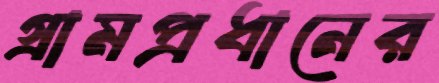
গ্রামপ্রধানের